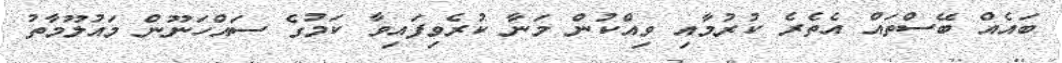
ބައެއް ބޭސްތައް އެތެރެ ކުރުމާއި ވިއްކުން މަނާ ކުރެވިފައިވާ ކަމުގެ ސައްހަނޫން މައުލޫމާތު